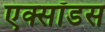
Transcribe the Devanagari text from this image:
एक्सॉडस